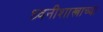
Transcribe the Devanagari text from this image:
ध्वनीशास्त्राच्या